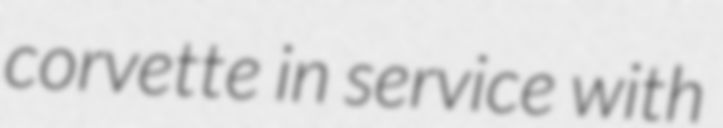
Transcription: corvette in service with